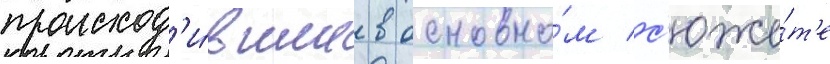
происход'и́вшие в основно́м с'юже́т'е